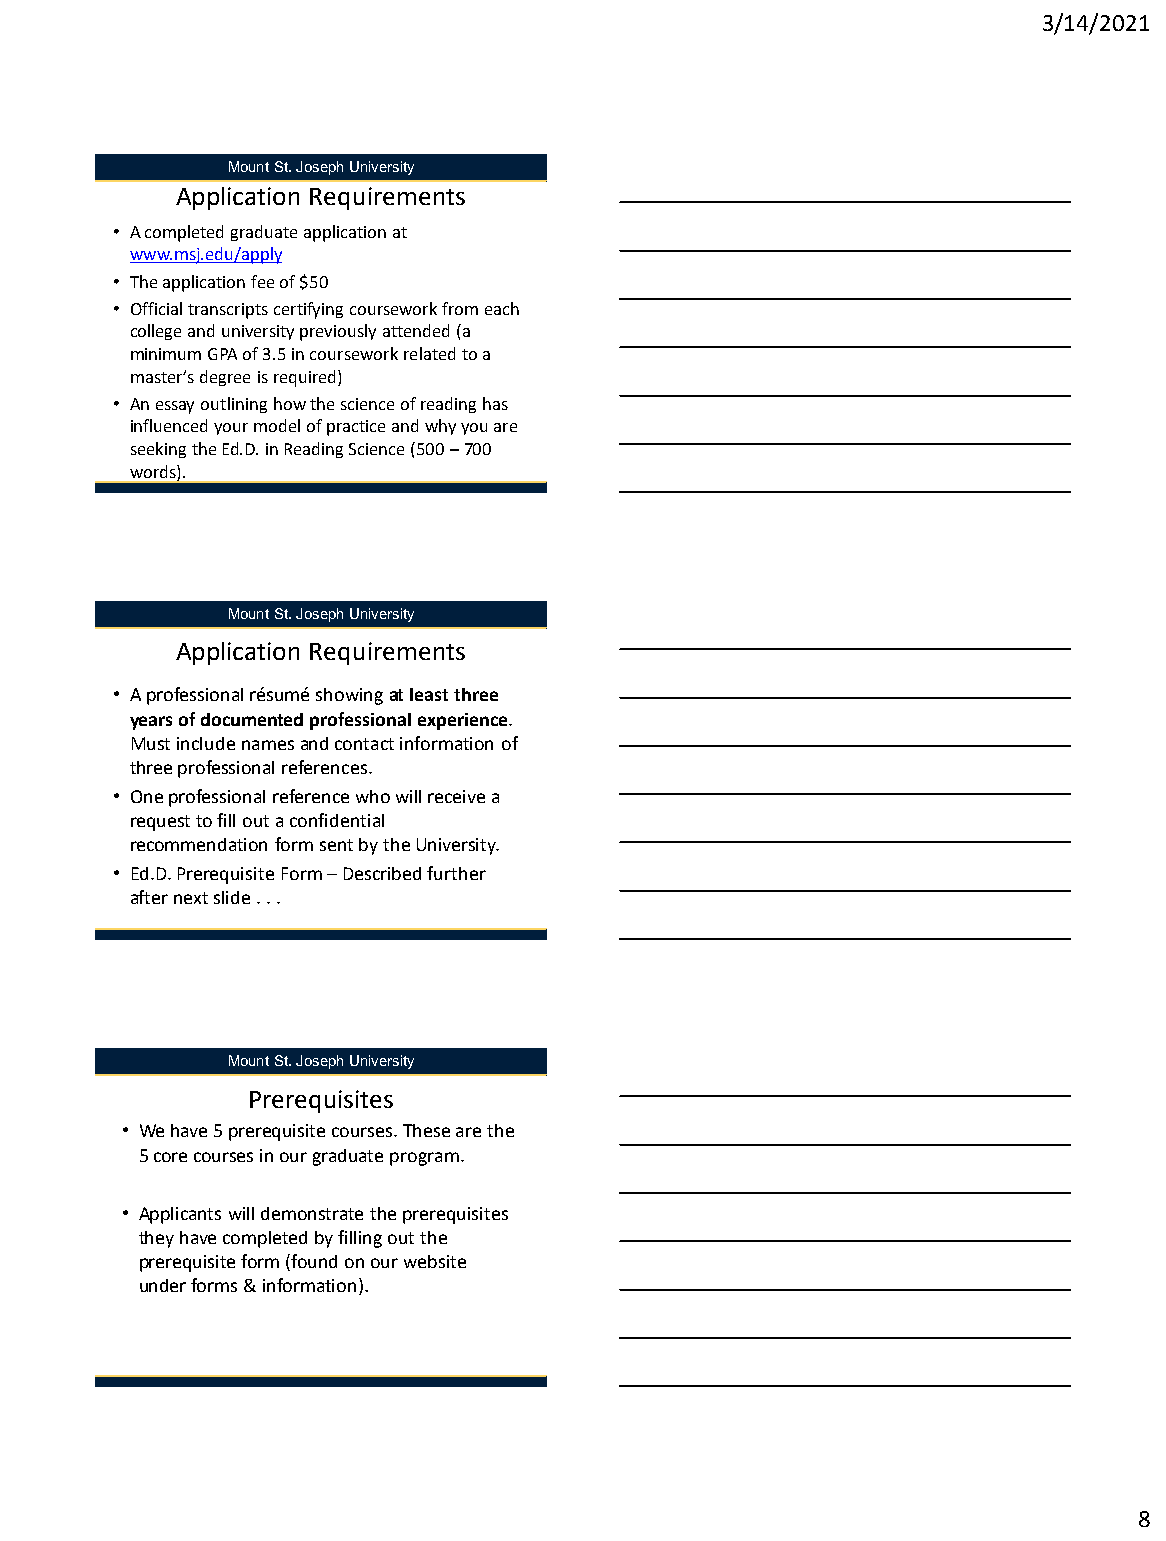
3/14/2021
 Mount St. Joseph University
 Application Requirements
 • A completed graduate application at
 www.msj.edu/apply
 • The application fee of $50
 • Official transcripts certifying coursework from each
 college and university previously attended (a
 minimum GPA of 3.5 in coursework related to a
 master’s degree is required)
 • An essay outlining how the science of reading has
 influenced your model of practice and why you are
 seeking the Ed.D. in Reading Science (500 –700
 words).
 Mount St. Joseph University
 Application Requirements
 • A professional résumé showing at least three
 years of documented professional experience.
 Must include names and contact information of
 three professional references.
 • One professional reference who will receive a
 request to fill out a confidential
 recommendation form sent by the University.
 • Ed.D. Prerequisite Form –Described further
 after next slide . . .
 Mount St. Joseph University
 Prerequisites
 • We have 5 prerequisite courses. These are the
 5 core courses in our graduate program.
 • Applicants will demonstrate the prerequisites
 they have completed by filling out the
 prerequisite form (found on our website
 under forms & information).
 8